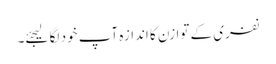
نفری کے توازن کا اندازہ آپ خود لگا لیجئے۔